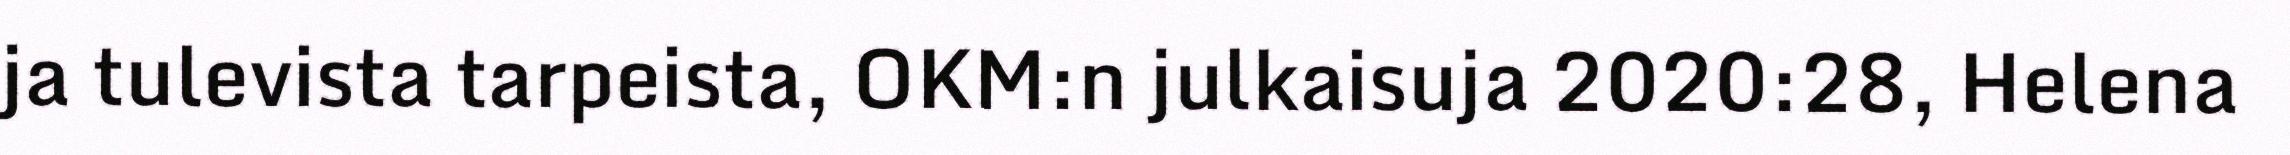
ja tulevista tarpeista, OKM:n julkaisuja 2020:28, Helena